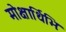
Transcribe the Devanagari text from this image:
मोक्षार्थिभिः